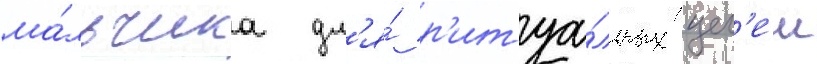
ма́льчика дл'я́ р'итуа́льных цел'еи